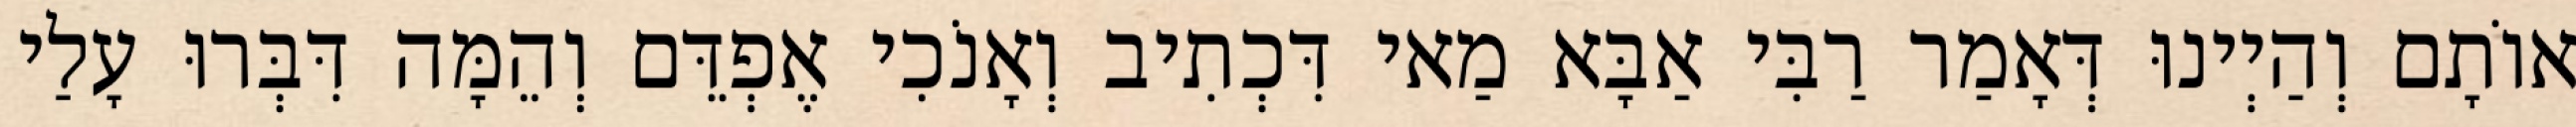
אוֹתָם וְהַיְינוּ דְּאָמַר רַבִּי אַבָּא מַאי דִּכְתִיב וְאָנֹכִי אֶפְדֵּם וְהֵמָּה דִּבְּרוּ עָלַי